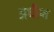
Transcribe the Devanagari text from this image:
अधीश